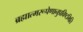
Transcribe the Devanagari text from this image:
ब्रह्मात्मरूपेणानुप्रविष्टमिति